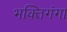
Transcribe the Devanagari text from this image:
भक्तिगंगा